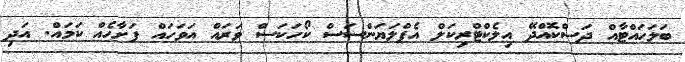
ބަލަހައްޓާއް ދަސްކޮއްދޭ އިލެކްޓްރިކަލް އެޕްލަޔަންސަސް ކޯހަކަސް ވަރައް އަވަހައް ފަށާހެއް ކަމައް. އަދި